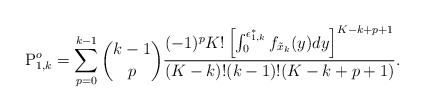
\begin{align*}\mathrm{P}^o_{1,k} = \sum^{k-1}_{p=0}{k-1 \choose p} \frac{(-1)^p K!\left[\int^{\epsilon_{1,k}^*}_{0}f_{\tilde{x}_k}(y)dy \right]^{K-k+p+1} }{(K-k)!(k-1)!(K-k+p+1)} .\end{align*}